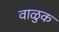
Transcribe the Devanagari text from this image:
वाळुक